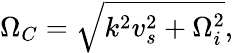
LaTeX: \begin{array}{r}{\Omega_{C}=\sqrt{k^{2}v_{s}^{2}+\Omega_{i}^{2}},}\end{array}